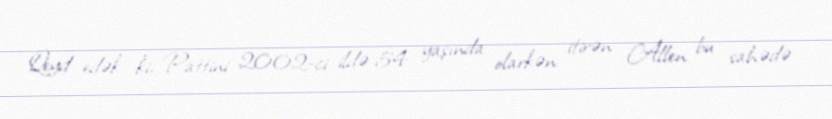
Qeyd edək ki, Pattini 2002-ci ildə 54 yaşında olarkən itirən Allen bu sahədə